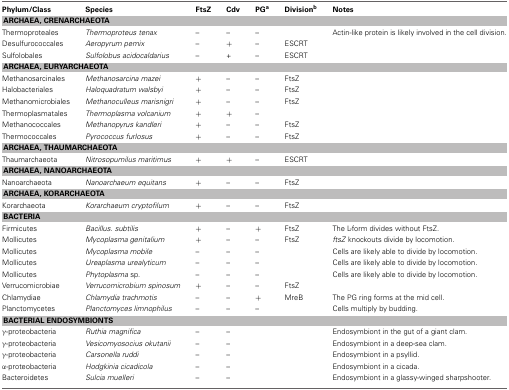
<table><thead><tr><td><b>Phylum/Class</b></td><td><b>Species</b></td><td><b>FtsZ</b></td><td><b>Cdv</b></td><td><b>PG<sup>a</sup></b></td><td><b>Division<sup>b</sup></b></td><td><b>Notes</b></td></tr></thead><tbody><tr><td colspan="7"><b>ARCHAEA, CRENARCHAEOTA</b></td></tr><tr><td>Thermoproteales</td><td><i>Thermoproteus tenax</i></td><td>–</td><td>–</td><td>–</td><td></td><td>Actin-like protein is likely involved in the cell division.</td></tr><tr><td>Desulfurococcales</td><td><i>Aeropyrum pemix</i></td><td>–</td><td>+</td><td>–</td><td>ESCRT</td><td></td></tr><tr><td>Sulfolobales</td><td><i>Sulfolobus acidocaldarius</i></td><td>–</td><td>+</td><td>–</td><td>ESCRT</td><td></td></tr><tr><td colspan="7"><b>ARCHAEA, EURYARCHAEOTA</b></td></tr><tr><td>Methanosarcinales</td><td><i>Methanosarcina mazei</i></td><td>+</td><td>–</td><td>–</td><td>FtsZ</td><td></td></tr><tr><td>Halobacteriales</td><td><i>Haloquadratum walsbyi</i></td><td>+</td><td>–</td><td>–</td><td>FtsZ</td><td></td></tr><tr><td>Methanomicrobiales</td><td><i>Methanoculleus marisnigri</i></td><td>+</td><td>–</td><td>–</td><td>FtsZ</td><td></td></tr><tr><td>Thermoplasmatales</td><td><i>Thermoplasma volcanium</i></td><td>+</td><td>+</td><td>–</td><td></td><td></td></tr><tr><td>Methanococcales</td><td><i>Methanopyrus kandleri</i></td><td>+</td><td>–</td><td>–</td><td>FtsZ</td><td></td></tr><tr><td>Thermococcales</td><td><i>Pyrococcus furlosus</i></td><td>+</td><td>–</td><td>–</td><td>FtsZ</td><td></td></tr><tr><td colspan="7"><b>ARCHAEA, THAUMARCHAEOTA</b></td></tr><tr><td>Thaumarchaeota</td><td><i>Nitrosopumilus maritimus</i></td><td>+</td><td>+</td><td>–</td><td>ESCRT</td><td></td></tr><tr><td colspan="7"><b>ARCHAEA, NANOARCHAEOTA</b></td></tr><tr><td>Nanoarchaeota</td><td><i>Nanoarchaeum equitans</i></td><td>+</td><td>–</td><td>–</td><td>FtsZ</td><td></td></tr><tr><td colspan="7"><b>ARCHAEA, KORARCHAEOTA</b></td></tr><tr><td>Korarchaeota</td><td><i>Korarchaeum cryptofilum</i></td><td>+</td><td>–</td><td>–</td><td>FtsZ</td><td></td></tr><tr><td colspan="7"><b>BACTERIA</b></td></tr><tr><td>Firmicutes</td><td><i>Bacillus. subtilis</i></td><td>+</td><td>–</td><td>+</td><td>FtsZ</td><td>The L-form divides without FtsZ.</td></tr><tr><td>Mollicutes</td><td><i>Mycoplasma genitalium</i></td><td>+</td><td>–</td><td>–</td><td>FtsZ</td><td><i>ftsZ</i> knockouts divide by locomotion.</td></tr><tr><td>Mollicutes</td><td><i>Mycoplasma mobile</i></td><td>–</td><td>–</td><td>–</td><td></td><td>Cells are likely able to divide by locomotion.</td></tr><tr><td>Mollicutes</td><td><i>Ureaplasma urealyticum</i></td><td>–</td><td>–</td><td>–</td><td></td><td>Cells are likely able to divide by locomotion.</td></tr><tr><td>Mollicutes</td><td><i>Phytoplasma</i> sp.</td><td>–</td><td>–</td><td>–</td><td></td><td>Cells are likely able to divide by locomotion.</td></tr><tr><td>Verrucomicrobiae</td><td><i>Verrucomicrobium spinosum</i></td><td>+</td><td>–</td><td>–</td><td>FtsZ</td><td></td></tr><tr><td>Chlamydiae</td><td><i>Chlamydia trachmotis</i></td><td>–</td><td>–</td><td>+</td><td>MreB</td><td>The PG ring forms at the mid cell.</td></tr><tr><td>Planctomycetes</td><td><i>Planctomyces limnophilus</i></td><td>–</td><td>–</td><td>–</td><td></td><td>Cells multiply by budding.</td></tr><tr><td colspan="7"><b>BACTERIAL ENDOSYMBIONTS</b></td></tr><tr><td>γ-proteobacteria</td><td><i>Ruthia magnifica</i></td><td>–</td><td>–</td><td></td><td></td><td>Endosymbiont in the gut of a giant clam.</td></tr><tr><td>γ-proteobacteria</td><td><i>Vesicomyosocius okutanii</i></td><td>–</td><td>–</td><td></td><td></td><td>Endosymbiont in a deep-sea clam.</td></tr><tr><td>γ-proteobacteria</td><td><i>Carsonella ruddi</i></td><td>–</td><td>–</td><td></td><td></td><td>Endosymbiont in a psyllid.</td></tr><tr><td>α-proteobacteria</td><td><i>Hodgkinia cicadicola</i></td><td>–</td><td>–</td><td></td><td></td><td>Endosymbiont in a cicada.</td></tr><tr><td>Bacteroidetes</td><td><i>Sulcia muelleri</i></td><td>–</td><td>–</td><td></td><td></td><td>Endosymbiont in a glassy-winged sharpshooter.</td></tr></tbody></table>